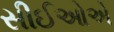
સીઈઓએ